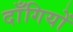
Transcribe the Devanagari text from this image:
दाँगियों